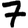
Digit: 7